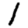
Digit: 1